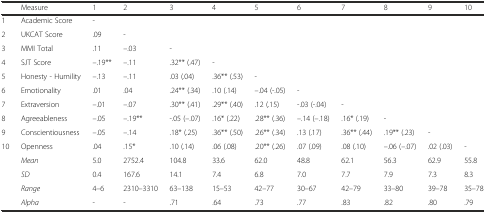
<table><thead><tr><td>[EMPTY_CELL]</td><td><b>Measure</b></td><td><b>1</b></td><td><b>2</b></td><td><b>3</b></td><td><b>4</b></td><td><b>5</b></td><td><b>6</b></td><td><b>7</b></td><td><b>8</b></td><td><b>9</b></td><td><b>10</b></td></tr></thead><tbody><tr><td>1</td><td>Academic Score</td><td>-</td><td>[EMPTY_CELL]</td><td>[EMPTY_CELL]</td><td>[EMPTY_CELL]</td><td>[EMPTY_CELL]</td><td>[EMPTY_CELL]</td><td>[EMPTY_CELL]</td><td>[EMPTY_CELL]</td><td>[EMPTY_CELL]</td><td>[EMPTY_CELL]</td></tr><tr><td>2</td><td>UKCAT Score</td><td>.09</td><td>-</td><td>[EMPTY_CELL]</td><td>[EMPTY_CELL]</td><td>[EMPTY_CELL]</td><td>[EMPTY_CELL]</td><td>[EMPTY_CELL]</td><td>[EMPTY_CELL]</td><td>[EMPTY_CELL]</td><td>[EMPTY_CELL]</td></tr><tr><td>3</td><td>MMI Total</td><td>.11</td><td>–.03</td><td>-</td><td>[EMPTY_CELL]</td><td>[EMPTY_CELL]</td><td>[EMPTY_CELL]</td><td>[EMPTY_CELL]</td><td>[EMPTY_CELL]</td><td>[EMPTY_CELL]</td><td>[EMPTY_CELL]</td></tr><tr><td>4</td><td>SJT Score</td><td>–.19**</td><td>–.11</td><td>.32** (.47)</td><td>-</td><td>[EMPTY_CELL]</td><td>[EMPTY_CELL]</td><td>[EMPTY_CELL]</td><td>[EMPTY_CELL]</td><td>[EMPTY_CELL]</td><td>[EMPTY_CELL]</td></tr><tr><td>5</td><td>Honesty - Humility</td><td>–.13</td><td>–.11</td><td>.03 (.04)</td><td>.36** (.53)</td><td>-</td><td>[EMPTY_CELL]</td><td>[EMPTY_CELL]</td><td>[EMPTY_CELL]</td><td>[EMPTY_CELL]</td><td>[EMPTY_CELL]</td></tr><tr><td>6</td><td>Emotionality</td><td>.01</td><td>.04</td><td>.24** (.34)</td><td>.10 (.14)</td><td>–.04 (-.05)</td><td>-</td><td>[EMPTY_CELL]</td><td>[EMPTY_CELL]</td><td>[EMPTY_CELL]</td><td>[EMPTY_CELL]</td></tr><tr><td>7</td><td>Extraversion</td><td>–.01</td><td>–.07</td><td>.30** (.41)</td><td>.29** (.40)</td><td>.12 (.15)</td><td>-.03 (-.04)</td><td>-</td><td>[EMPTY_CELL]</td><td>[EMPTY_CELL]</td><td>[EMPTY_CELL]</td></tr><tr><td>8</td><td>Agreeableness</td><td>–.05</td><td>–.19**</td><td>-.05 (–.07)</td><td>.16* (.22)</td><td>.28** (.36)</td><td>–.14 (–.18)</td><td>.16* (.19)</td><td>-</td><td>[EMPTY_CELL]</td><td>[EMPTY_CELL]</td></tr><tr><td>9</td><td>Conscientiousness</td><td>–.05</td><td>–.14</td><td>.18* (.25)</td><td>.36** (.50)</td><td>.26** (.34)</td><td>.13 (.17)</td><td>.36** (.44)</td><td>.19** (.23)</td><td>-</td><td>[EMPTY_CELL]</td></tr><tr><td>10</td><td>Openness</td><td>.04</td><td>.15*</td><td>.10 (.14)</td><td>.06 (.08)</td><td>.20** (.26)</td><td>.07 (.09)</td><td>.08 (.10)</td><td>–.06 (–.07)</td><td>.02 (.03)</td><td>-</td></tr><tr><td>[EMPTY_CELL]</td><td><i>Mean</i></td><td>5.0</td><td>2752.4</td><td>104.8</td><td>33.6</td><td>62.0</td><td>48.8</td><td>62.1</td><td>56.3</td><td>62.9</td><td>55.8</td></tr><tr><td>[EMPTY_CELL]</td><td><i>SD</i></td><td>0.4</td><td>167.6</td><td>14.1</td><td>7.4</td><td>6.8</td><td>7.0</td><td>7.7</td><td>7.9</td><td>7.3</td><td>8.3</td></tr><tr><td>[EMPTY_CELL]</td><td><i>Range</i></td><td>4–6</td><td>2310–3310</td><td>63–138</td><td>15–53</td><td>42–77</td><td>30–67</td><td>42–79</td><td>33–80</td><td>39–78</td><td>35–78</td></tr><tr><td>[EMPTY_CELL]</td><td><i>Alpha</i></td><td>-</td><td>-</td><td>.71</td><td>.64</td><td>.73</td><td>.77</td><td>.83</td><td>.82</td><td>.80</td><td>.79</td></tr></tbody></table>